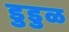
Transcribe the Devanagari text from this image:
डुडुळ